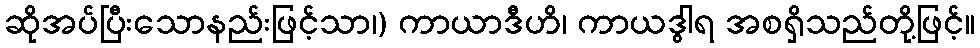
ဆိုအပ်ပြီးသောနည်းဖြင့်သာ၊) ကာယာဒီဟိ၊ ကာယဒွါရ အစရှိသည်တို့ဖြင့်။